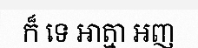
ក៏ ទេ អាត្មា អញ